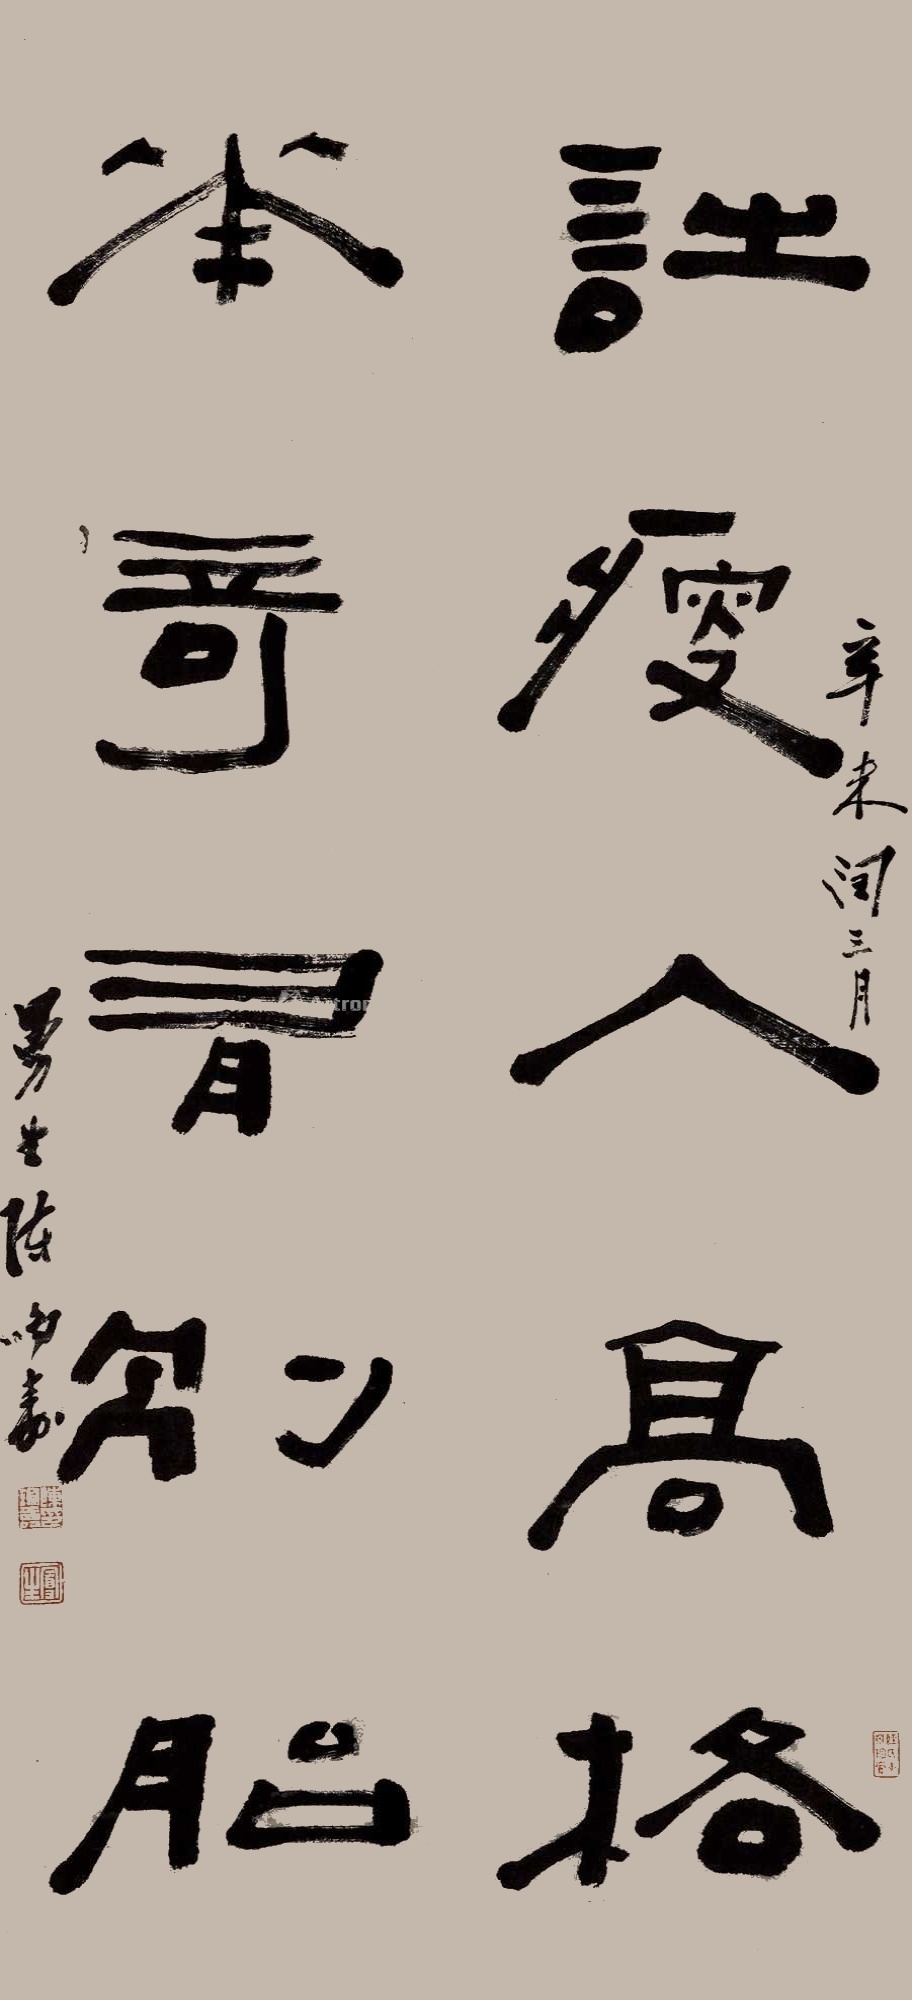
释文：诗瘦人高格，花奇有别胎。辛未润三月，曼生陈鸿寿。